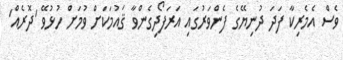
ވެސް އެމެރިކާ ފަދަ ދުނިޔޭގެ ފެންވަރުގައި އަރަފޯދިގެންވާ ޤައުމަކަށް ވުމަށް ހުޅުވޭ 'ދޮރެއް'